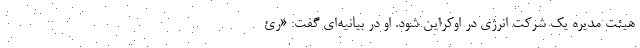
هیئت مدیره یک شرکت انرژی در اوکراین شود. او در بیانیه‌ای گفت: «رئ